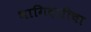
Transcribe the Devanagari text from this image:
भागिदारीचा